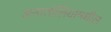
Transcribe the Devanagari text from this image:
अनातोलियामधील